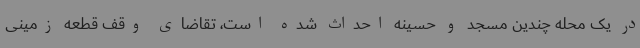
در یک محله چندین مسجد و حسینه احداث شده است، تقاضای وقف قطعه زمینی